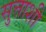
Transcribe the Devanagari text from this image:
सुत्ताशी